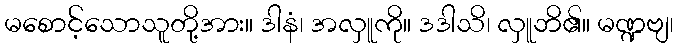
မစောင့်သောသူတို့အား။ ဒါနံ၊ အလှူကို။ ဒဒါသိ၊ လှူဘိ၏။ မဏ္ဍဗျ၊